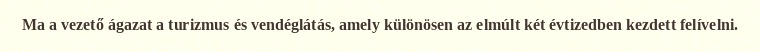
Ma a vezető ágazat a turizmus és vendéglátás, amely különösen az elmúlt két évtizedben kezdett felívelni.